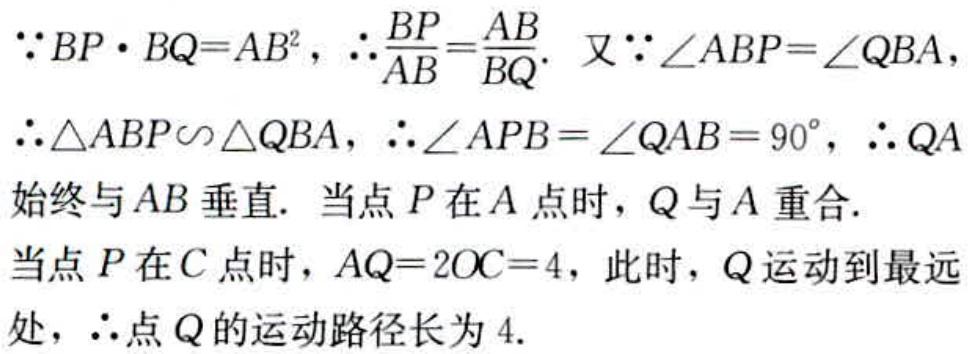
$\because BP\cdot BQ = AB^{2},\therefore\frac{BP}{AB}=\frac{AB}{BQ}.$ 又$\because\angle ABP = \angle QBA,$
$\therefore\triangle ABP\backsim\triangle QBA,\therefore\angle APB=\angle QAB = 90^{\circ},\therefore QA$
始终与$AB$垂直. 当点$P$在$A$点时，$Q$与$A$重合.
当点$P$在$C$点时，$AQ = 2OC = 4$，此时，$Q$运动到最远
处，$\therefore$点$Q$的运动路径长为$4.$